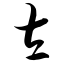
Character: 左